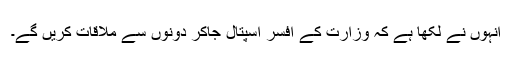
انہوں نے لکھا ہے کہ وزارت کے افسر اسپتال جاکر دونوں سے ملاقات کریں گے۔